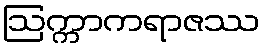
ဩက္ကာကရာဇဿ